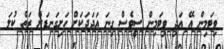
ވިޓަމިން އޭ އަދި ވިޓަމިން ސީވެސް ގިނަ އަދަދަކަށް ހަށިގަނޑަށް ރަތް ކުލަ